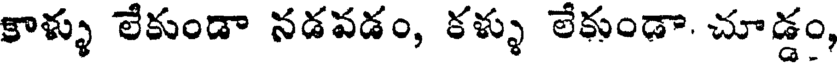
కాళ్ళు లేకుండా నడవడం, కళ్ళు లేకుండా చూడ్డం,